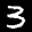
Label: 3